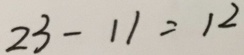
2 3 - 1 1 = 1 2